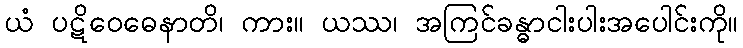
ယံ ပဋိဝေဓေနာတိ၊ ကား။ ယဿ၊ အကြင်ခန္ဓာငါးပါးအပေါင်းကို။